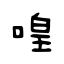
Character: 喤